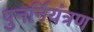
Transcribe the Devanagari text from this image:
पुनर्नियंत्रण